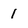
Character: 1